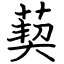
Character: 葜